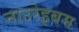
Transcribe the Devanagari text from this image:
नाउरेइबम